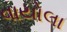
વાયોલા